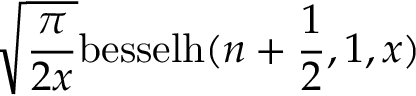
\sqrt { \frac { \pi } { 2 x } } \mathrm { b e s s e l h } ( n + \frac { 1 } { 2 } , 1 , x )